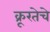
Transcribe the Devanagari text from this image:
क्रूरतेचे